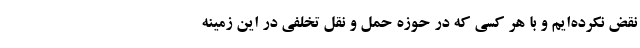
نقض نکرده‌ایم و با هر کسی که در حوزه حمل و نقل تخلفی در این زمینه